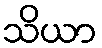
သိယာ